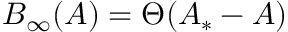
B _ { \infty } ( A ) = \Theta ( A _ { * } - A )